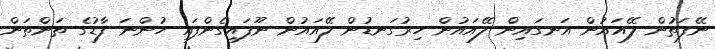
ނޭފަތުން ލޭއައުން އަނގައިން ލޭއައުން ހިރުގަނޑުން ލޭއައުން ނޫފައިގެންފައި ހުންނަ ފާޑުގެ ތަންތަން